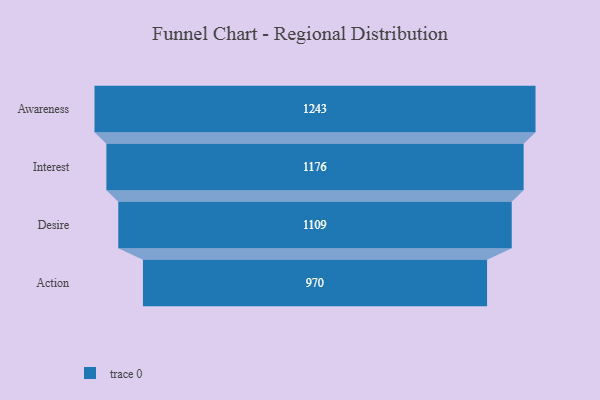
{"axis": {"x": "Stage", "y": "Value"}, "legend": [""], "data": [{"x": "Awareness", "y": 1243.0, "type": ""}, {"x": "Interest", "y": 1176.0, "type": ""}, {"x": "Desire", "y": 1109.0, "type": ""}, {"x": "Action", "y": 970.0, "type": ""}]}